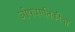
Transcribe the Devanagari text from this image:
औषधगतिकीचा